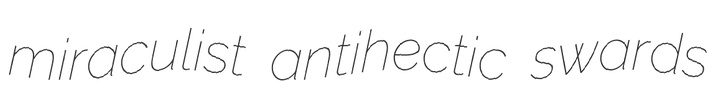
miraculist antihectic swards